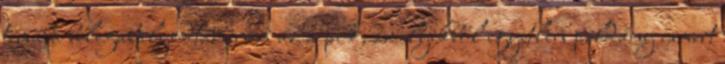
témába belegabalyodtam.nem az a pók, amelyikből egyetlen példány ismert